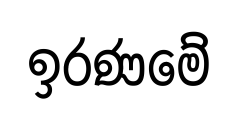
ඉරණමේ